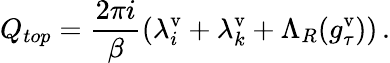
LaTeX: Q_{top}=\frac{2\pi i}{\beta}\left(\lambda_{i}^{\mathrm{v}}+\lambda_{k}^{\mathrm{v}}+\Lambda_{R}(g_{\tau}^{\mathrm{v}})\right)\, .